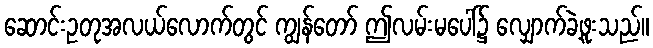
ဆောင်းဥတုအလယ်လောက်တွင် ကျွန်တော် ဤလမ်းမပေါ်၌ လျှောက်ခဲ့ဖူးသည်။